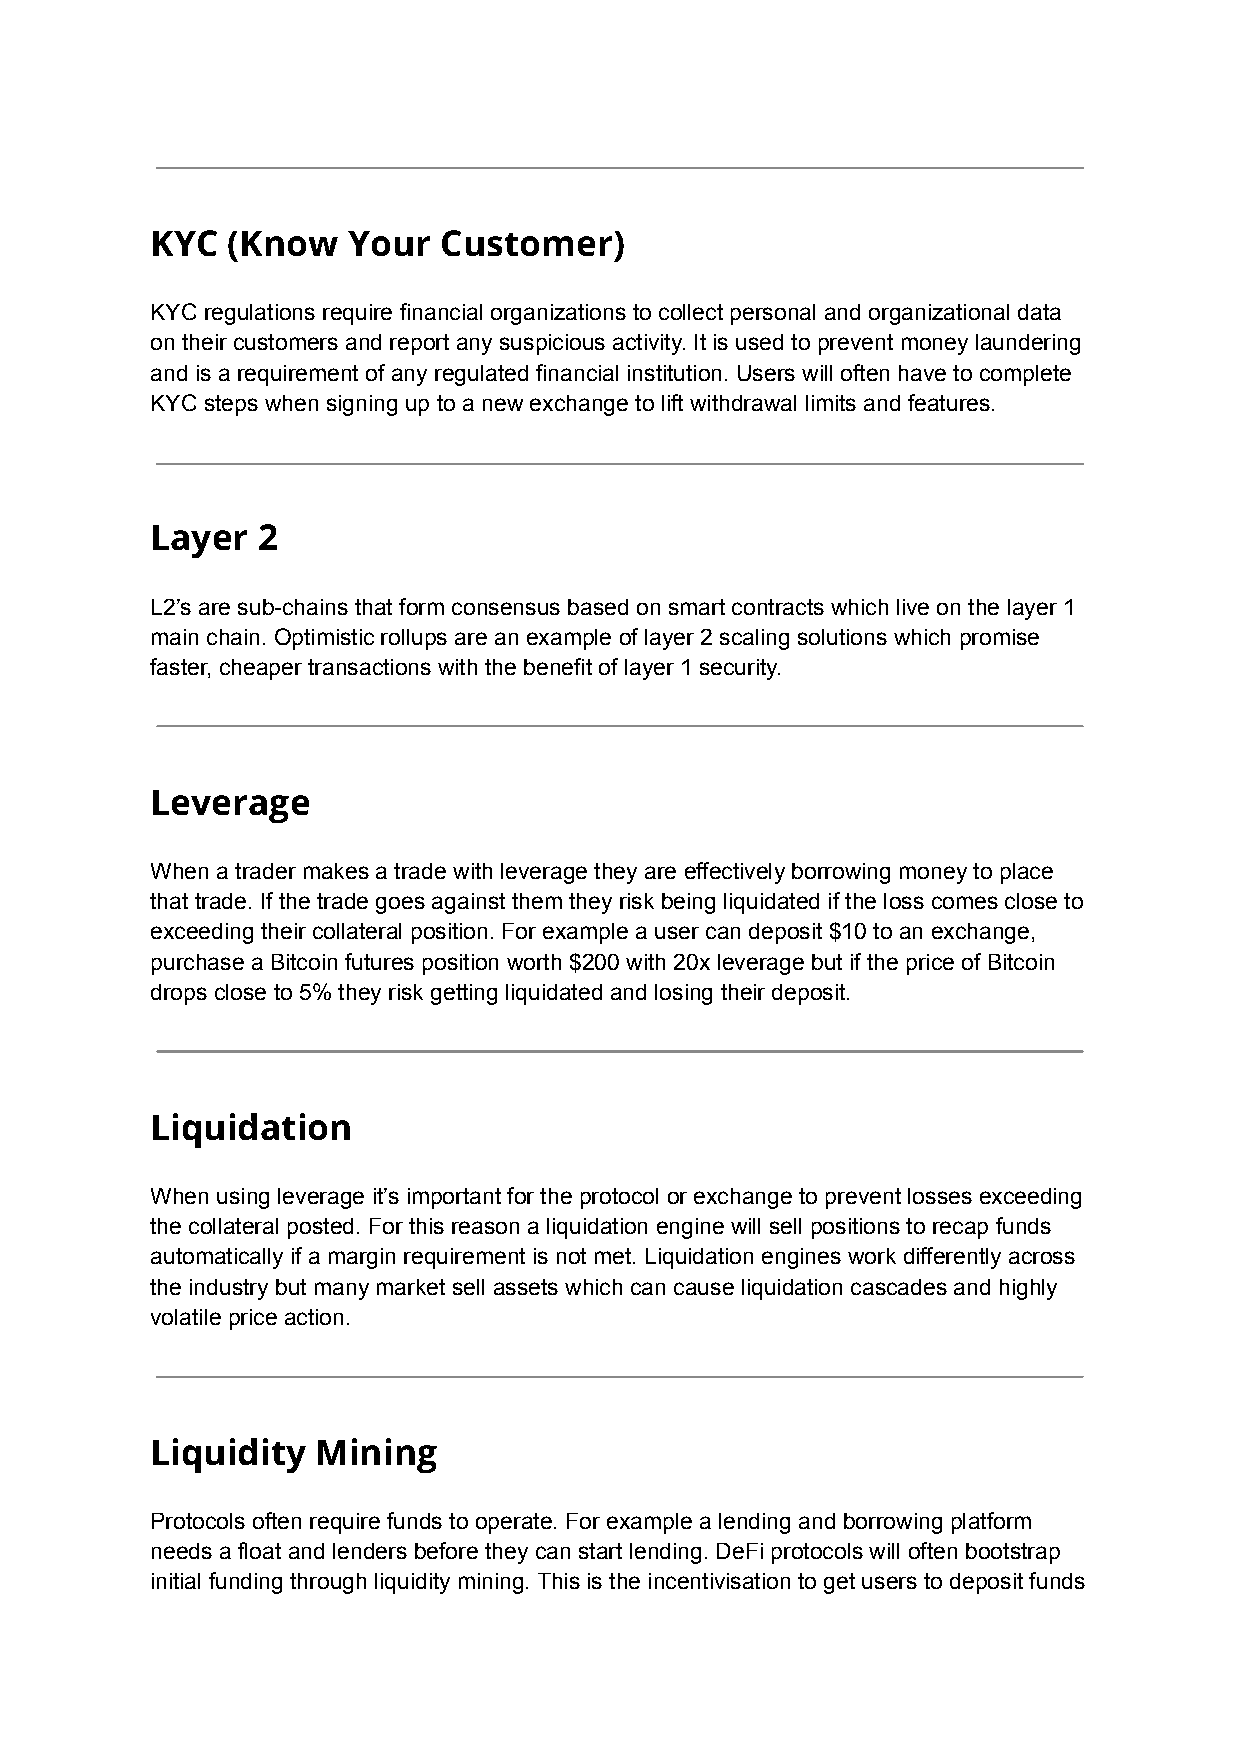
KYC  (Know   Your  Customer)
 KYC regulations require financial organizations to collect personal and organizational data
 on their customers and report any suspicious activity. It is used to prevent money laundering
 and is a requirement of any regulated financial institution. Users will often have to complete
 KYC steps when signing up to a new exchange to lift withdrawal limits and features.
 Layer  2
 L2’s are sub-chains that form consensus based on smart contracts which live on the layer 1
 main chain. Optimistic rollups are an example of layer 2 scaling solutions which promise
 faster, cheaper transactions with the benefit of layer 1 security.
 Leverage
 When a trader makes a trade with leverage they are effectively borrowing money to place
 that trade. If the trade goes against them they risk being liquidated if the loss comes close to
 exceeding their collateral position. For example a user can deposit $10 to an exchange,
 purchase a Bitcoin futures position worth $200 with 20x leverage but if the price of Bitcoin
 drops close to 5% they risk getting liquidated and losing their deposit.
 Liquidation
 When using leverage it’s important for the protocol or exchange to prevent losses exceeding
 the collateral posted. For this reason a liquidation engine will sell positions to recap funds
 automatically if a margin requirement is not met. Liquidation engines work differently across
 the industry but many market sell assets which can cause liquidation cascades and highly
 volatile price action.
 Liquidity  Mining
 Protocols often require funds to operate. For example a lending and borrowing platform
 needs a float and lenders before they can start lending. DeFi protocols will often bootstrap
 initial funding through liquidity mining. This is the incentivisation to get users to deposit funds